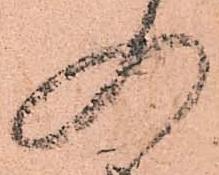
入